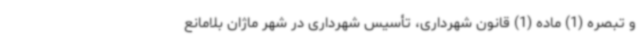
و تبصره (1) ماده (1) قانون شهرداری، تأسیس شهرداری در شهر ماژان بلامانع